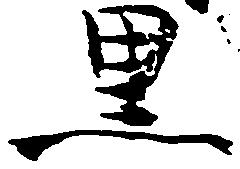
黒